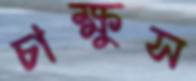
চাক্ষুস